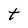
Character: t